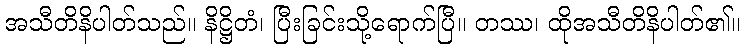
အသီတိနိပါတ်သည်။ နိဋ္ဌိတံ၊ ပြီးခြင်းသို့ရောက်ပြီ။ တဿ၊ ထိုအသီတိနိပါတ်၏။